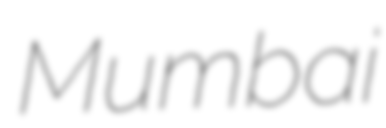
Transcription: Mumbai